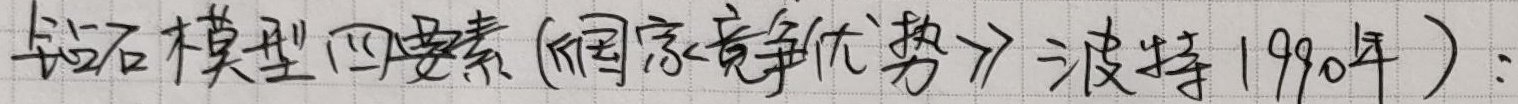
钻石模型四要素(《国家竞争优势》波特1990年)：